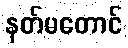
နတ်မတောင်